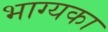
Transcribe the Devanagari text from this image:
भाग्यका